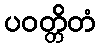
ပဝတ္တိတံ